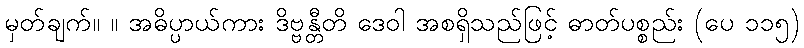
မှတ်ချက်။ ။ အဓိပ္ပာယ်ကား ဒိဗ္ဗန္တီတိ ဒေဝါ အစရှိသည်ဖြင့် ဓာတ်ပစ္စည်း (ပေ ၁၁၅)